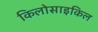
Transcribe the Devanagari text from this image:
किलोसाइकिल